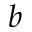
\boldsymbol { b }